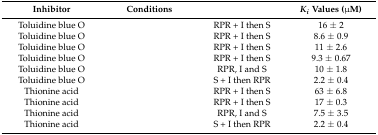
<table><thead><tr><td><b>Inhibitor</b></td><td><b>Conditions</b></td><td>[EMPTY_CELL]</td><td><b><i>K<sub>i</sub></i> Values (μM)</b></td></tr></thead><tbody><tr><td>Toluidine blue O</td><td>[EMPTY_CELL]</td><td>RPR + I then S</td><td>16 ± 2</td></tr><tr><td>Toluidine blue O</td><td>[EMPTY_CELL]</td><td>RPR + I then S</td><td>8.6 ± 0.9</td></tr><tr><td>Toluidine blue O</td><td>[EMPTY_CELL]</td><td>RPR + I then S</td><td>11 ± 2.6</td></tr><tr><td>Toluidine blue O</td><td>[EMPTY_CELL]</td><td>RPR + I then S</td><td>9.3 ± 0.67</td></tr><tr><td>Toluidine blue O</td><td>[EMPTY_CELL]</td><td>RPR, I and S</td><td>10 ± 1.8</td></tr><tr><td>Toluidine blue O</td><td>[EMPTY_CELL]</td><td>S + I then RPR</td><td>2.2 ± 0.4</td></tr><tr><td>Thionine acid</td><td>[EMPTY_CELL]</td><td>RPR + I then S</td><td>63 ± 6.8</td></tr><tr><td>Thionine acid</td><td>[EMPTY_CELL]</td><td>RPR + I then S</td><td>17 ± 0.3</td></tr><tr><td>Thionine acid</td><td>[EMPTY_CELL]</td><td>RPR, I and S</td><td>7.5 ± 3.5</td></tr><tr><td>Thionine acid</td><td>[EMPTY_CELL]</td><td>S + I then RPR</td><td>2.2 ± 0.4</td></tr></tbody></table>